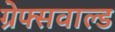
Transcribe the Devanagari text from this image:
ग्रेफ्सवाल्ड